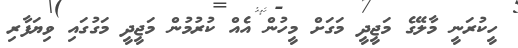
ހީކުރަނީ މާލޭގެ މަޖީދީ މަގަށް މީހުން އެއް ކުރުމުން މަޖީދީ މަގުގައި ވިޔަފާރި